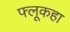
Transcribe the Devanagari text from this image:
फ्लूकहा